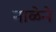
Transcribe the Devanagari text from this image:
नाळेने